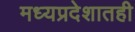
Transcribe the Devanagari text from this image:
मध्यप्रदेशातही